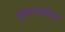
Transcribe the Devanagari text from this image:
सुबाभळीचा